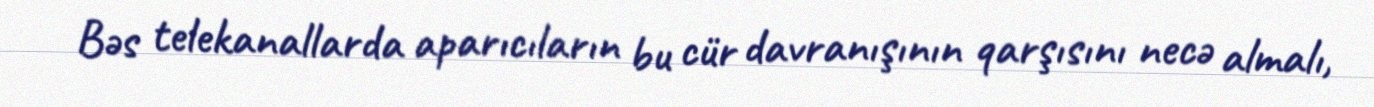
Bəs telekanallarda aparıcıların bu cür davranışının qarşısını necə almalı,